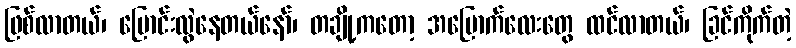
ဖြစ်လာတယ်၊ ပြောင်းလွဲနေတယ်နော်၊ တချို့ကတော့ အပြောက်လေးတွေ ထင်လာတယ်၊ ခြင်ကိုက်တဲ့